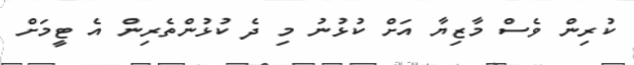
ކުރިން ވެސް މާޒިޔާ އަށް ކުޅުނު މި ދެ ކުޅުންތެރިން އެ ޓީމަށް